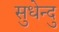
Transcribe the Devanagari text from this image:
सुधेन्दु